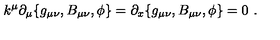
k ^ { \mu } \partial _ { \mu } \{ g _ { \mu \nu } , B _ { \mu \nu } , \phi \} = \partial _ { x } \{ g _ { \mu \nu } , B _ { \mu \nu } , \phi \} = 0 \ .